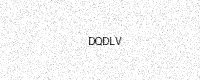
Text: DQDLV